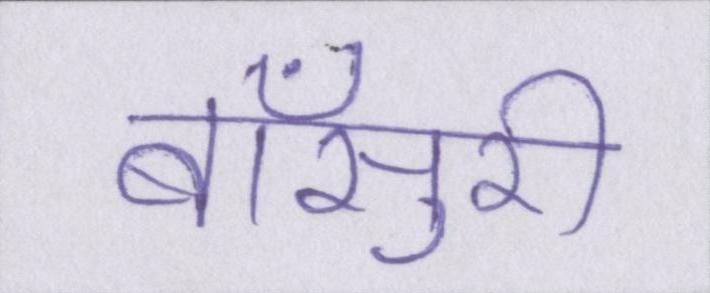
बाँसुरी